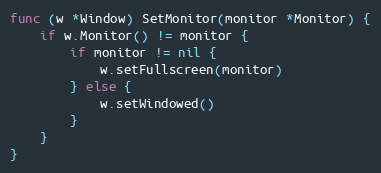
Language: Go
func (w *Window) SetMonitor(monitor *Monitor) {
	if w.Monitor() != monitor {
		if monitor != nil {
			w.setFullscreen(monitor)
		} else {
			w.setWindowed()
		}
	}
}